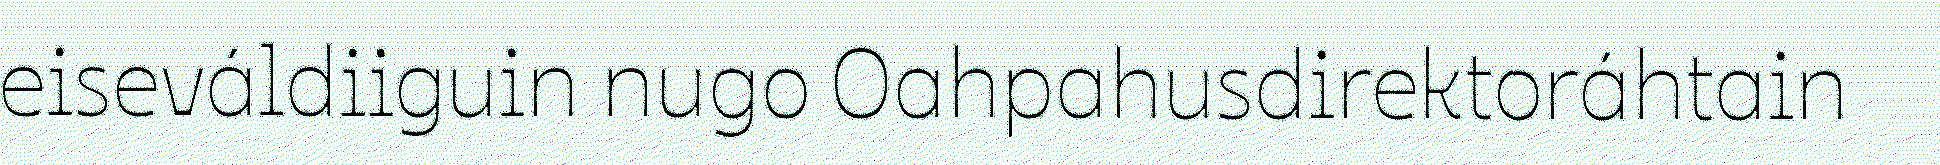
eiseváldiiguin nugo Oahpahusdirektoráhtain